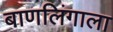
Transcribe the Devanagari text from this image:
बाणलिंगाला